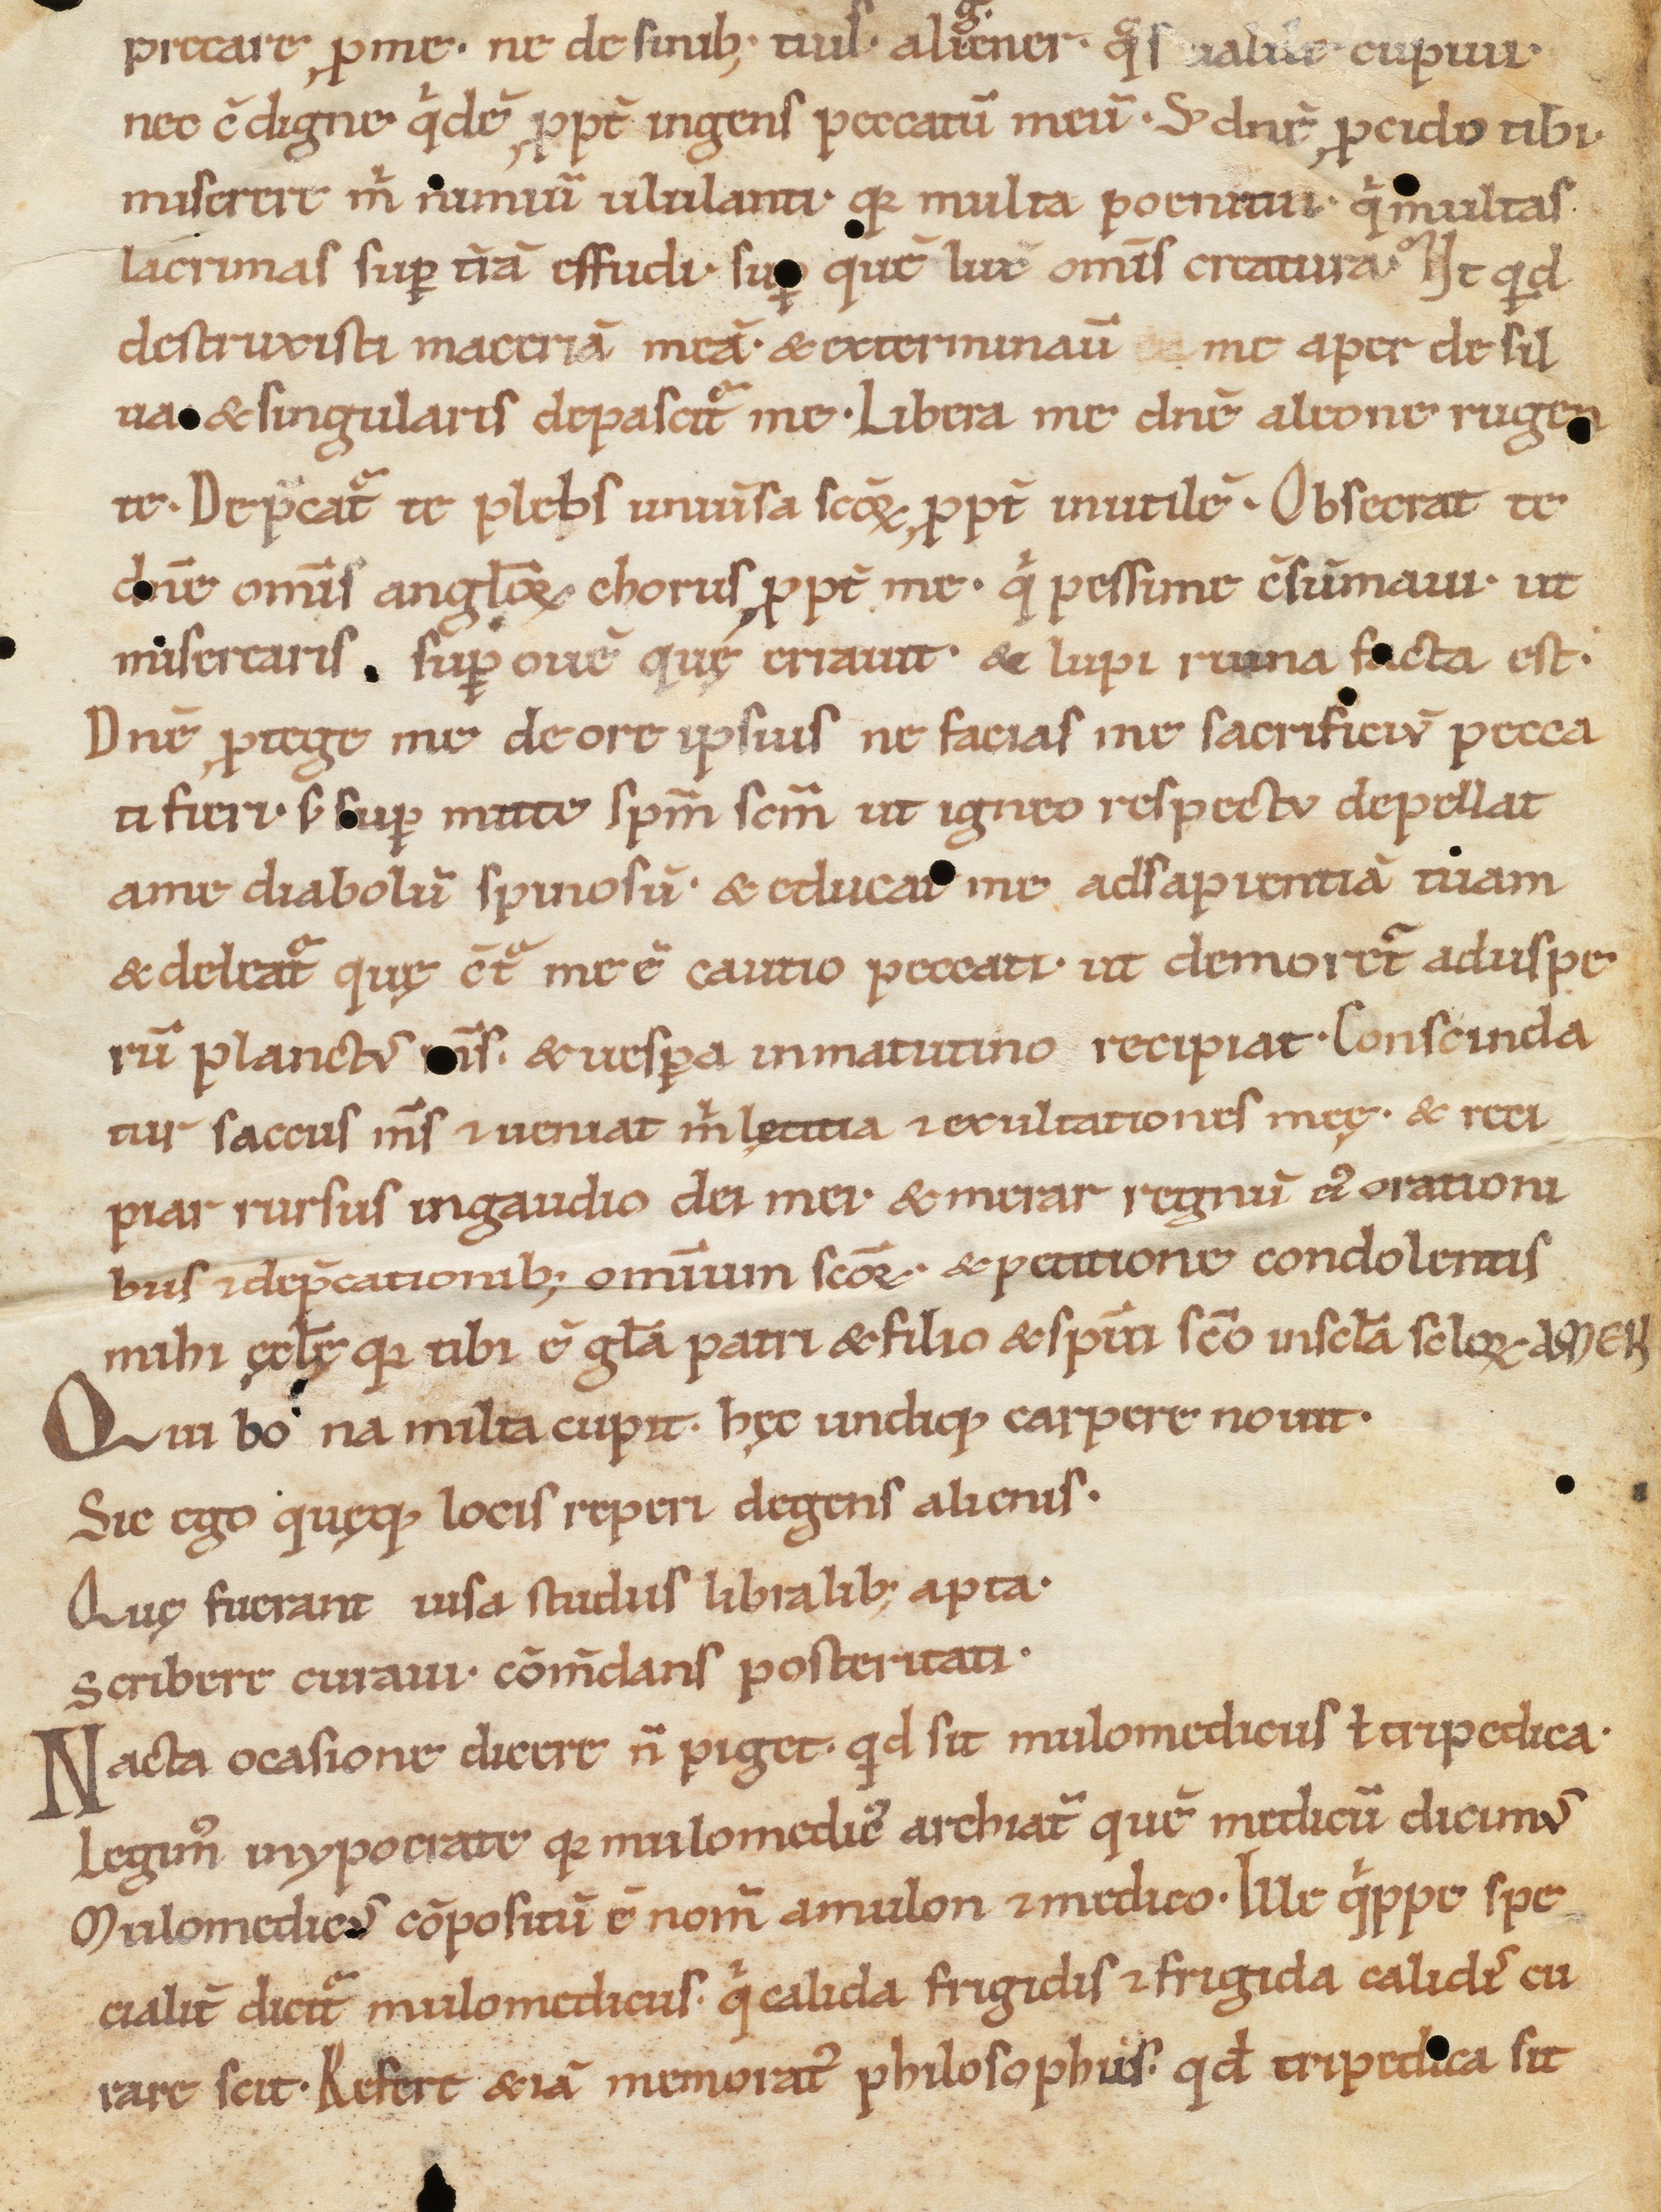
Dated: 1080–1096